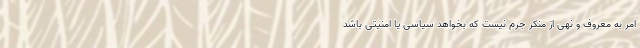
امر به معروف و نهی از منکر جرم نیست که بخواهد سیاسی یا امنیتی باشد